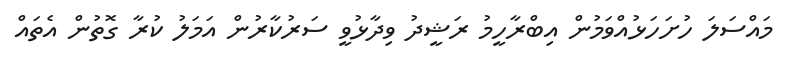
މައްސަލަ ހުށަހަޅުއްވަމުން އިބްރާހީމު ރަޝީދު ވިދާޅުވީ ސަރުކާރުން އަމަލު ކުރާ ގޮތުން އެތައް